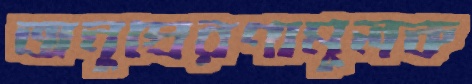
অনুপ্রেরণামূলক